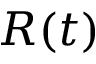
R ( t )